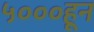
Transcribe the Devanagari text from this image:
५०००हून